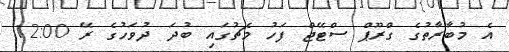
އެ މުބާރާތުގެ ގްރޫޕް ސްޓޭޖް ފަހު މެޗުގައި ބުދަ ދުވަހުގެ ރޭ 12:00